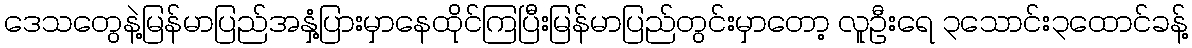
ဒေသတွေနဲ့မြန်မာပြည်အနှံ့ပြားမှာနေထိုင်ကြပြီးမြန်မာပြည်တွင်းမှာတော့ လူဦးရေ ၃သောင်း၃ထောင်ခန့်